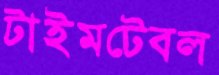
টাইমটেবল